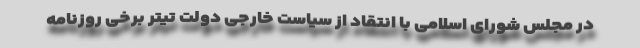
در مجلس شورای اسلامی با انتقاد از سیاست خارجی دولت تیتر برخی روزنامه